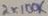
Text: 2X100K